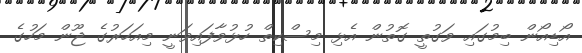
އޯޑިއޯން ބިމުގައި ވަގުތީ ގޮތުން އެޅި މިސްކިތް ހުޅުވާފައިވަނީ މިއަހަރުގެ ޖޫން މަހުގެ